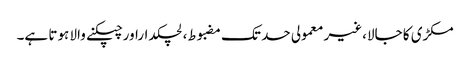
مکڑی کا جالا،غیر معمولی حد تک مضبوط، لچکداراور چپکنے والا ہوتا ہے۔